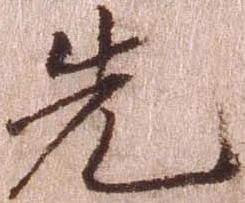
先